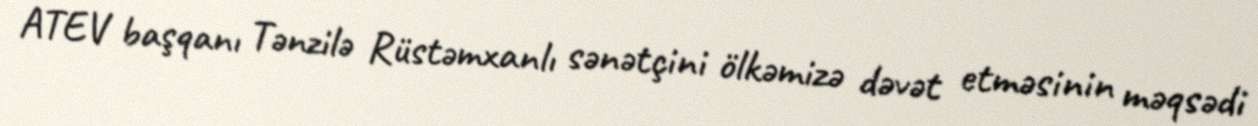
ATEV başqanı Tənzilə Rüstəmxanlı sənətçini ölkəmizə dəvət etməsinin məqsədi